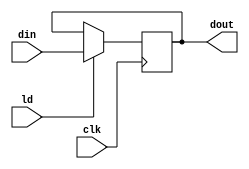
module PIPO_R1 (dout, din, ld, clk);
	input [15:0] din;
	input ld, clk;
	output reg [15:0] dout;

	always @(posedge clk)
		if (ld) dout <= din;
endmodule